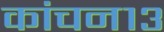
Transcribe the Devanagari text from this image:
कांचन१३